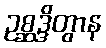
ဥစ္ဆဒ္ဒိတွာန